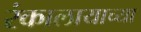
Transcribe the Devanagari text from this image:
रंकालायाच्या